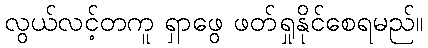
လွယ်လင့်တကူ ရှာဖွေ ဖတ်ရှုနိုင်စေရမည်။